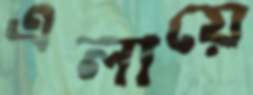
এলায়ে